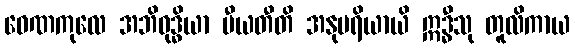
ဝေဏကုလေ အဘိဝုဒ္ဓိယာ မီယတီတိ အနုပရိယာယိ ဣဒ္ဓီသု တူလိကာယ